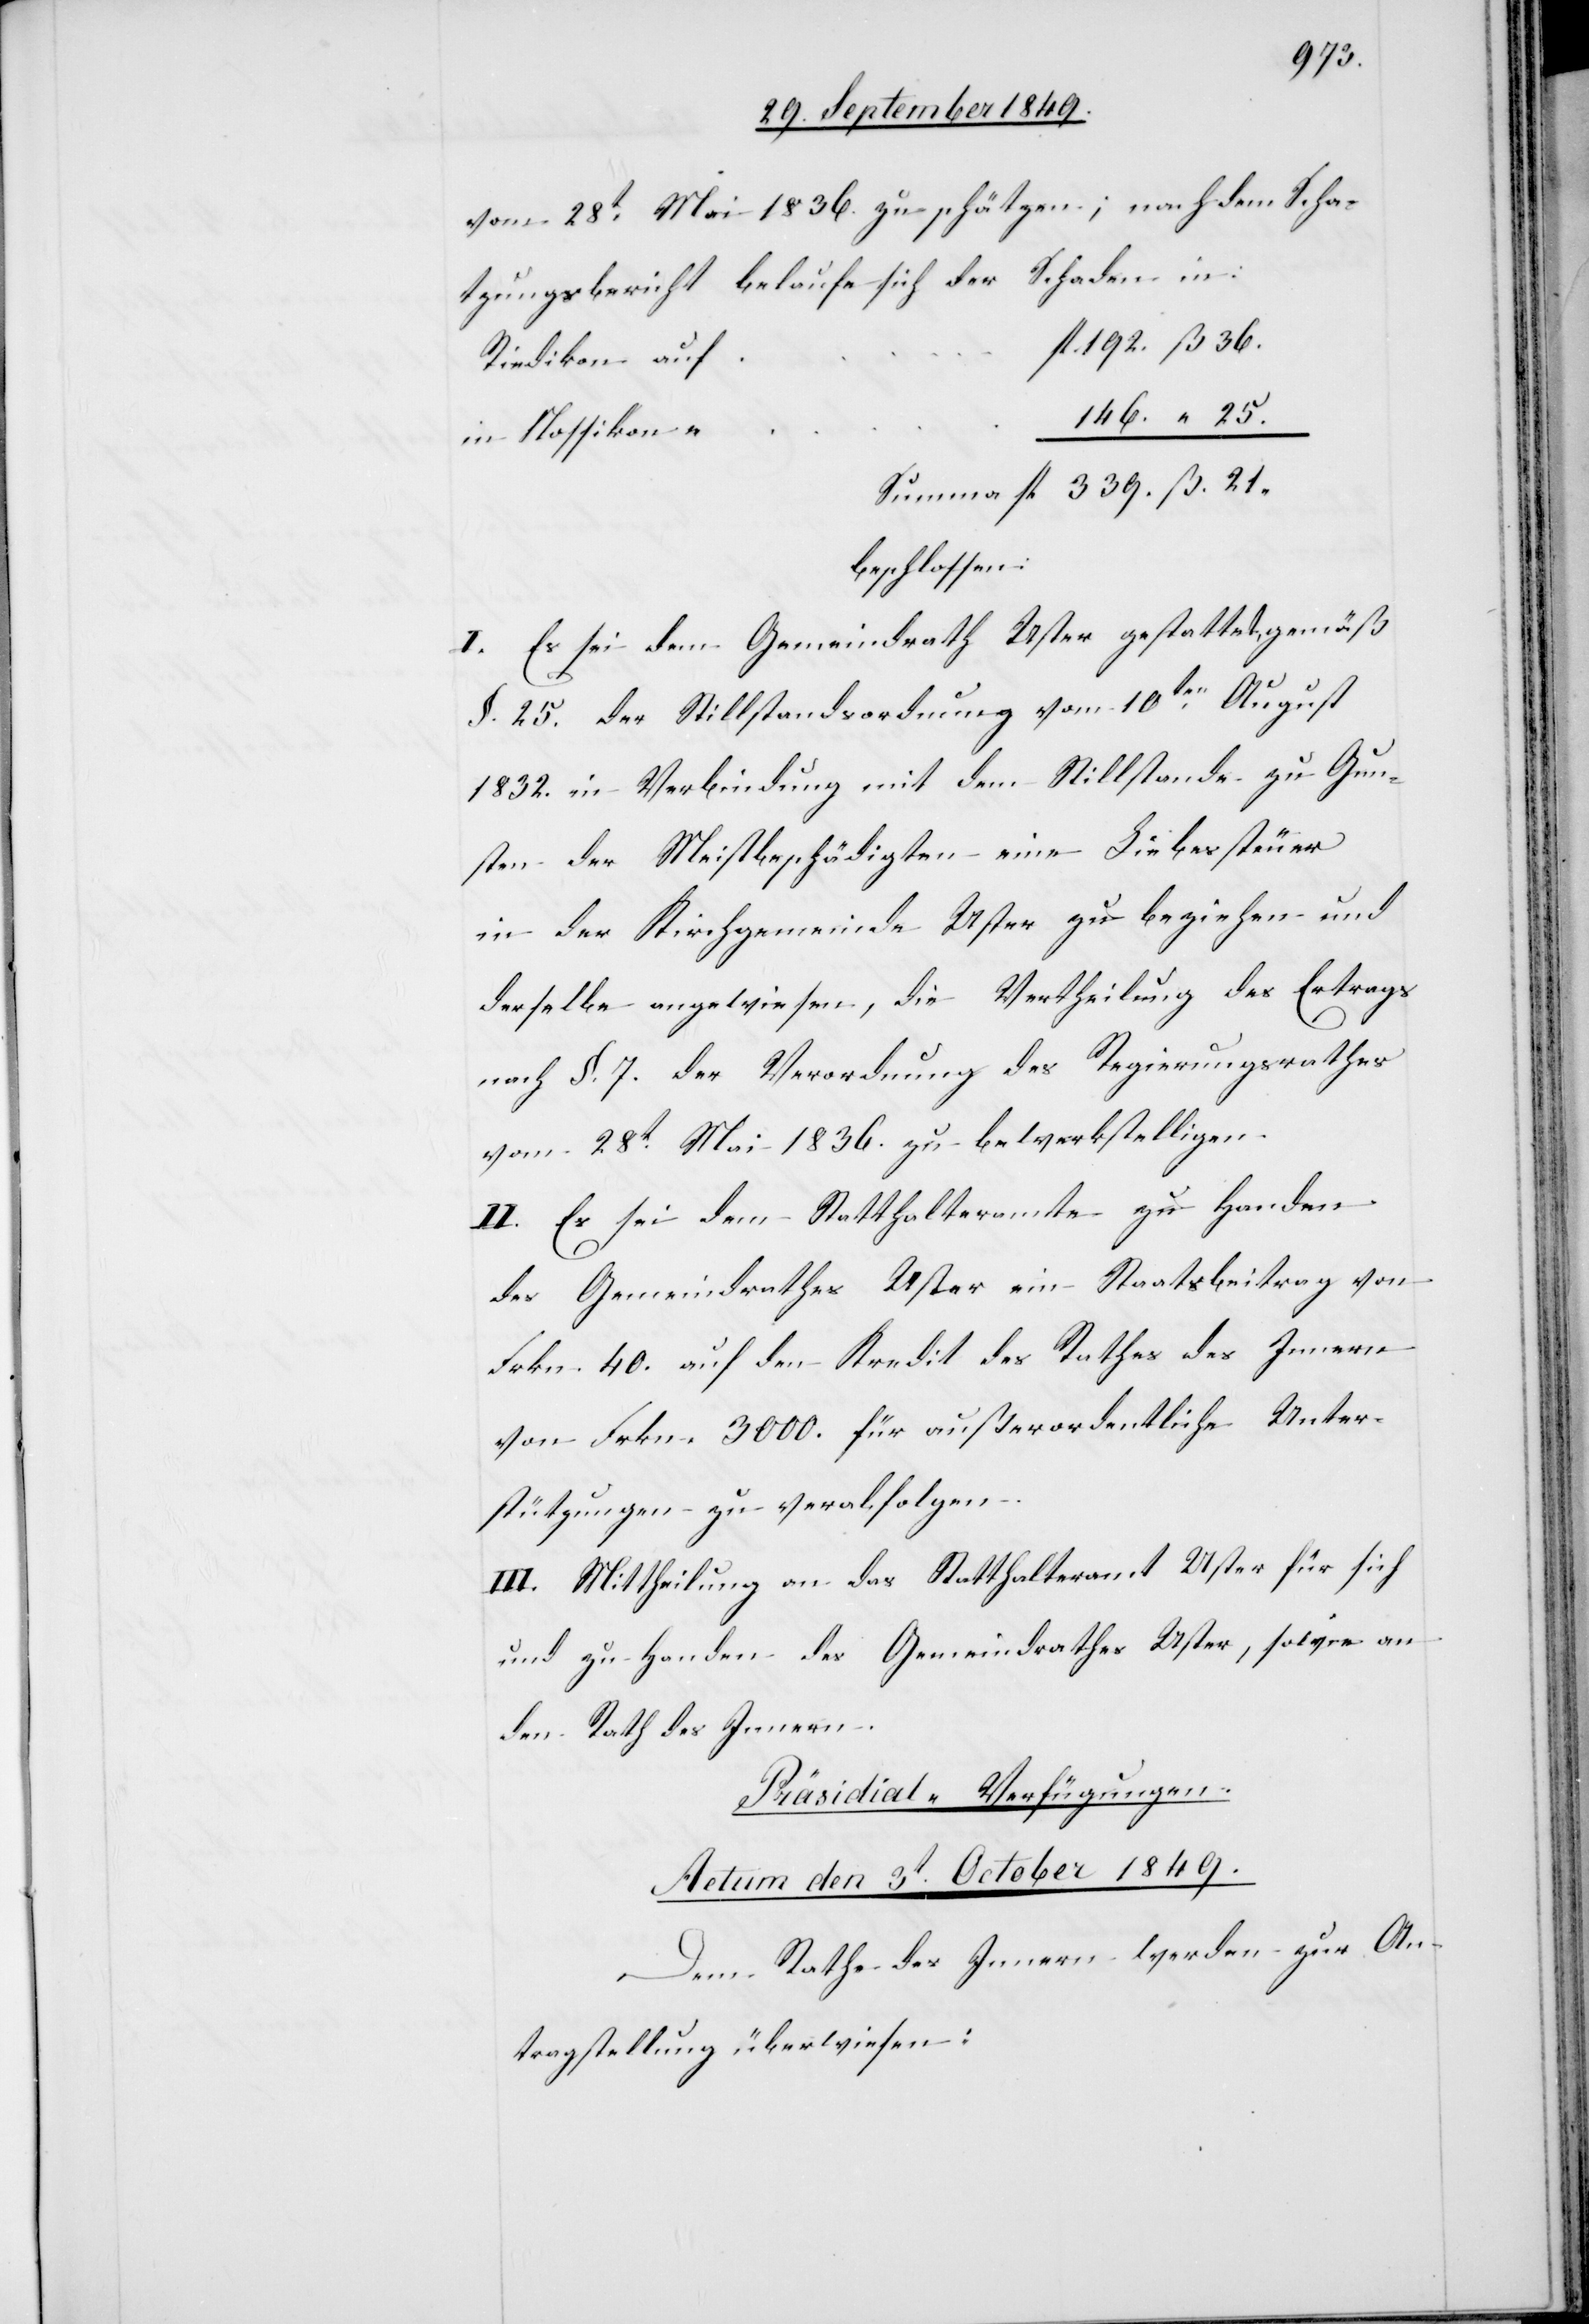
vom 28t Mai 1836. zu schätzen; nachdem Scha¬
tzungsbericht belaufe sich der Schaden in:
in Nossikon
beschlossen:
I. Es sei dem Gemeindrath Uster gestattet gemäß
§. 25. der Stillstandsordnung vom 10ten August
1832. in Verbindung mit dem Stillstande zu Gun¬
sten der Meistbeschädigten eine Liebessteuer
in der Kirchgemeinde Uster zu beziehen und
derselbe angewiesen, die Vertheilung des Ertrags
nach §. 7. der Verordnung des Regierungsrathes
vom 28t Mai 1836. zu bewerkstelligen.
II. Es sei dem Statthalteramte zu Handen
des Gemeindrathes Uster ein Staatsbeitrag von
Frkn. 40. auf den Kredit des Rathes des Innern
von Frkn. 3 000. für außerordentliche Unter¬
stützungen zu verabfolgen.
III. Mittheilung an das Statthalteramt Uster für sich
und zu Handen des Gemeindrathes Uster, sowie an
den Rath des Innern.
Präsidial-Verfügungen.
Actum den 3t October 1849.
Dem Rathe des Innern werden zur An¬
tragstellung überwiesen: